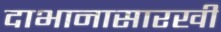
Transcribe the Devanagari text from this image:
दाभानासारखी